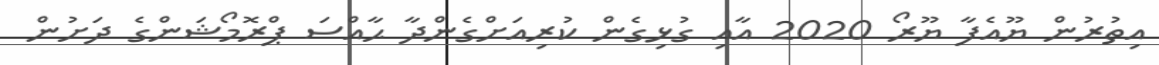
އިތުރުން ޔޫއެފާ ޔޫރޯ 2020 އާއި ގުޅިގެން ކުރިއަށްގެންދާ ޙާއްސަ ޕްރޮމޯޝަންގެ ދަށުން